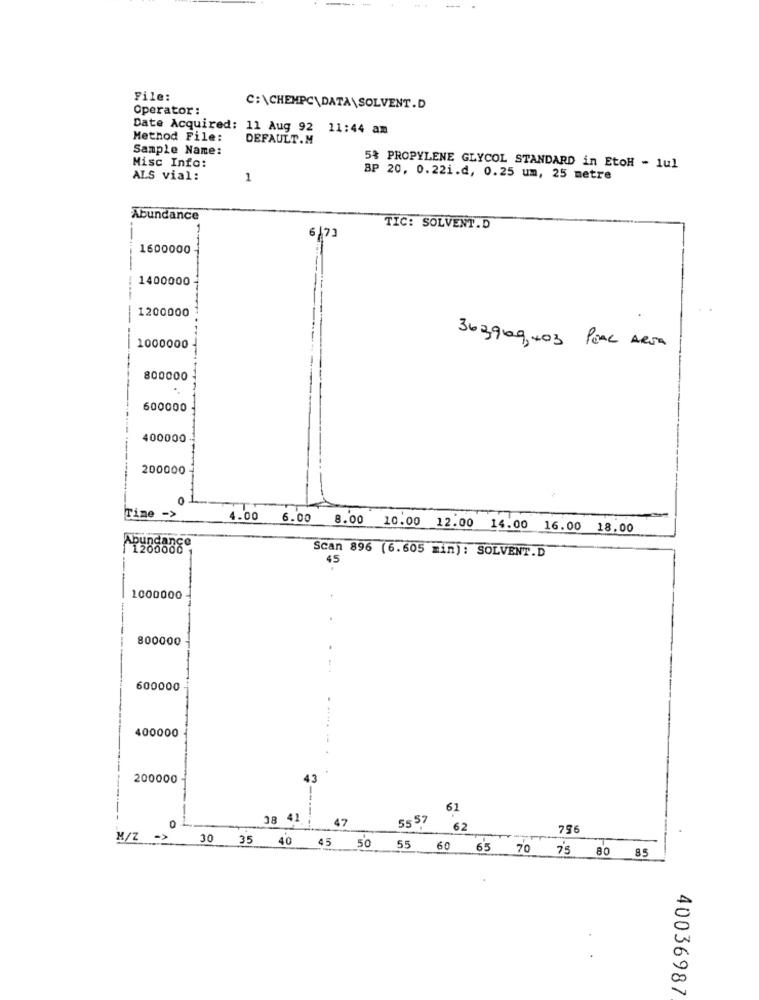
File:
Operator:
C:\CHEMPC\DATA\SOLVENT.D
Date Acquired: 11 Aug 92
21:44 am
Method File:
DEFAULT.M
Sample Name:
Misc Info:
5% PROPYLENE GLYCOL STANDARD in EtoH - 1ul
ALS vial:
1
BP 20, 0.22i.d, 0.25 um, 25 metre
Abundance
TIC: SOLVENT.D
6/73
1600000
1400000
1200000
1000000
363909,403 PEAL AREA
800000
600000
400000
200000
0
Time ->
4.00 6.00
-
8.00 10.00 12.00 14.00 16.00 18.00
Abundance
Scan 896 (6.605 min): SOLVENT.D
45
1000000
-
800000
600000
400000
200000
43
--
61
38 41
47
5557 62
756
M/Z ->
30 35 40 45 50 55 60 65 70 75 80 85
40036987